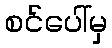
စင်ပေါ်မှ